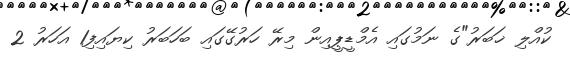
ކުއްލި ޚަބަރު"ގެ ނަމުގައި އެމްޑީޕީއިން މިރޭ ހަރުގޭގައި ބަހަބަރު ކިޔައިފި1 އަހަރު 2